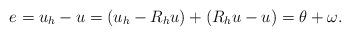
LaTeX: \begin{align*} e=u_h-u=(u_h-R_hu)+(R_hu-u)=\theta+\omega.\end{align*}